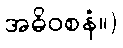
အဓိဝစနံ။)